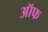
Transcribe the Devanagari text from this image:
ऑफ